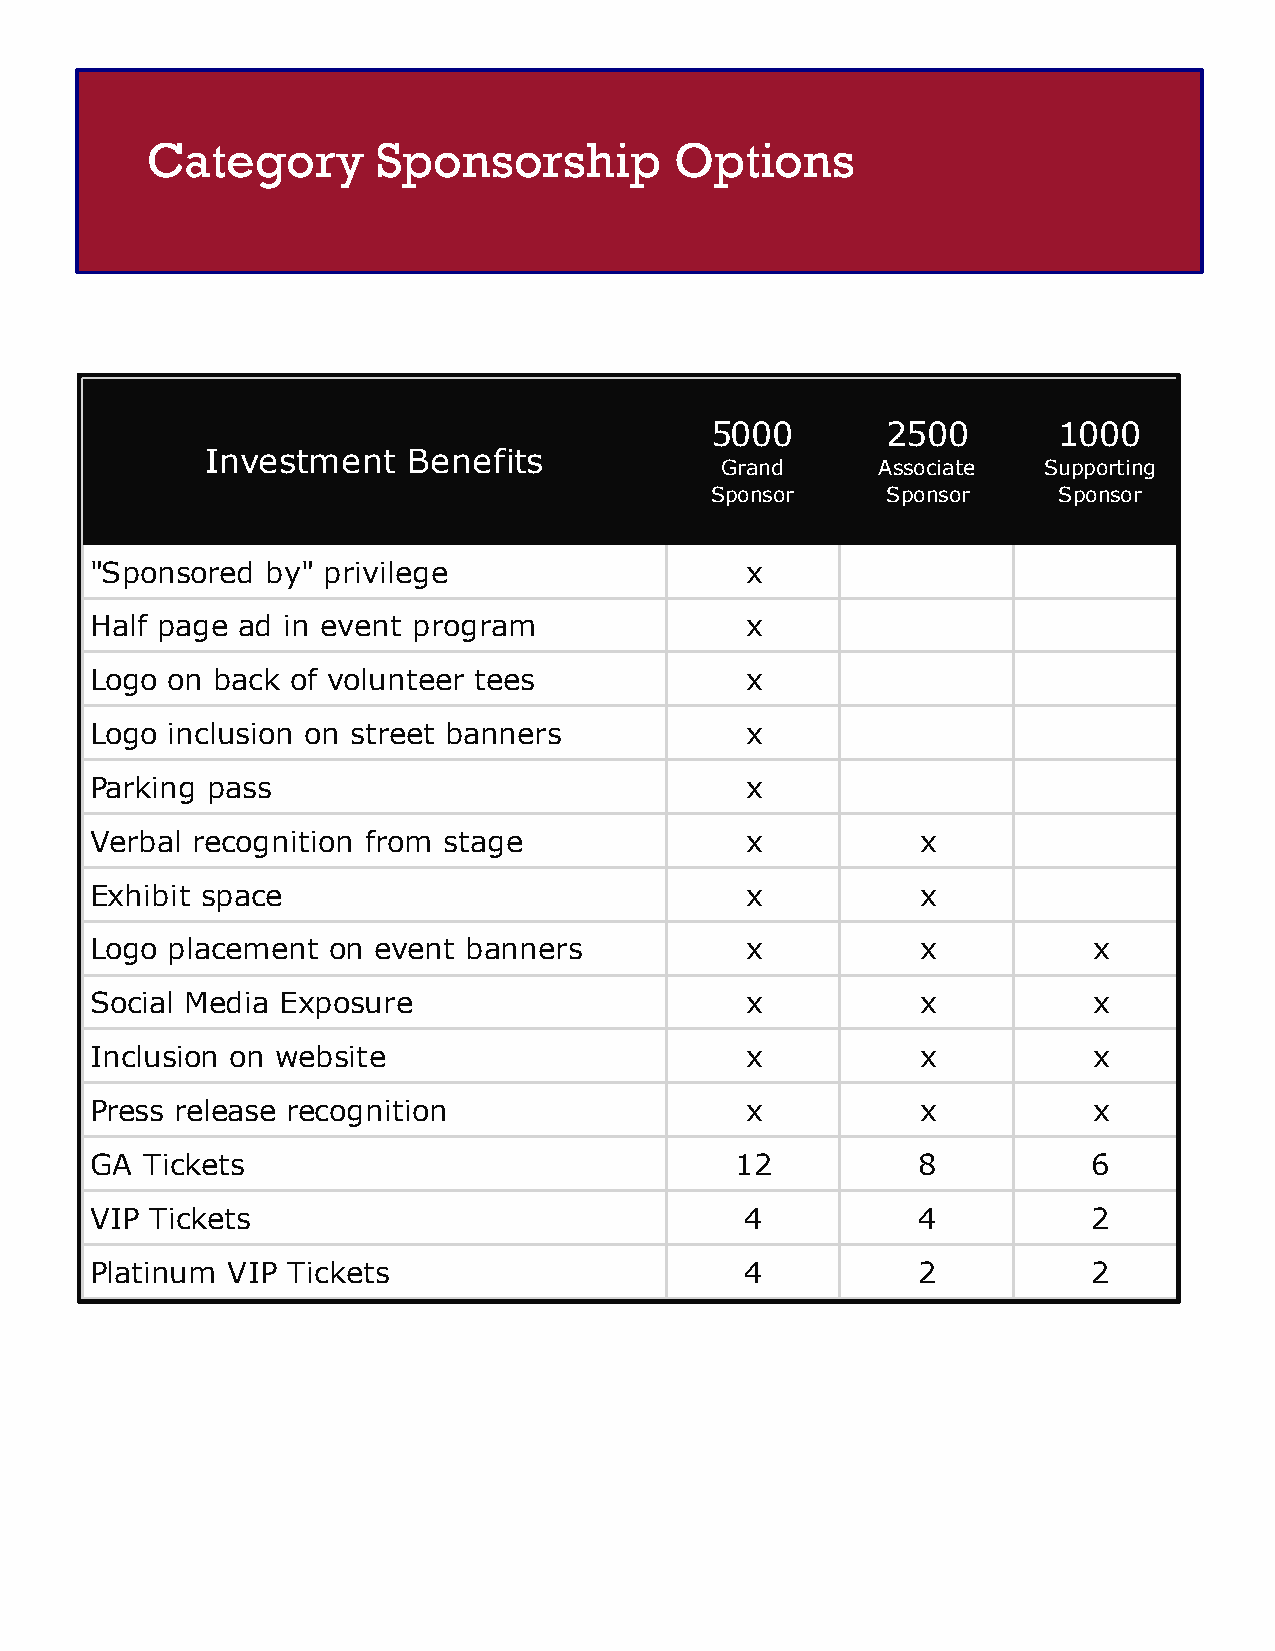
Category       Sponsorship         Options
 5000        2500       1000
 Investment   Benefits
 Grand     Associate  Supporting
 Sponsor     Sponsor    Sponsor
 "Sponsored  by" privilege                  x
 Half page ad in event program              x
 Logo on back of volunteer tees             x
 Logo inclusion on street banners           x
 Parking pass                               x
 Verbal recognition from stage              x           x
 Exhibit space                              x           x
 Logo placement  on event banners           x           x          x
 Social Media Exposure                      x           x          x
 Inclusion on website                       x           x          x
 Press release recognition                  x           x          x
 GA Tickets                                 12          8          6
 VIP Tickets                                4           4          2
 Platinum VIP Tickets                       4           2          2